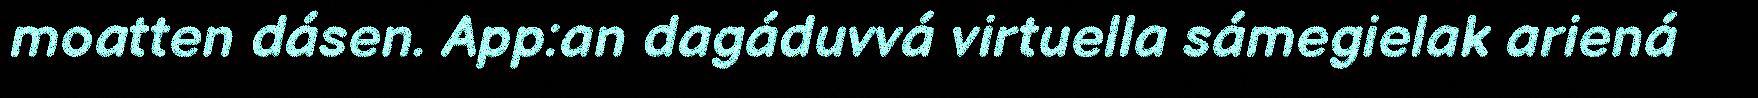
moatten dásen. App:an dagáduvvá virtuella sámegielak ariená